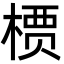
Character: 槚